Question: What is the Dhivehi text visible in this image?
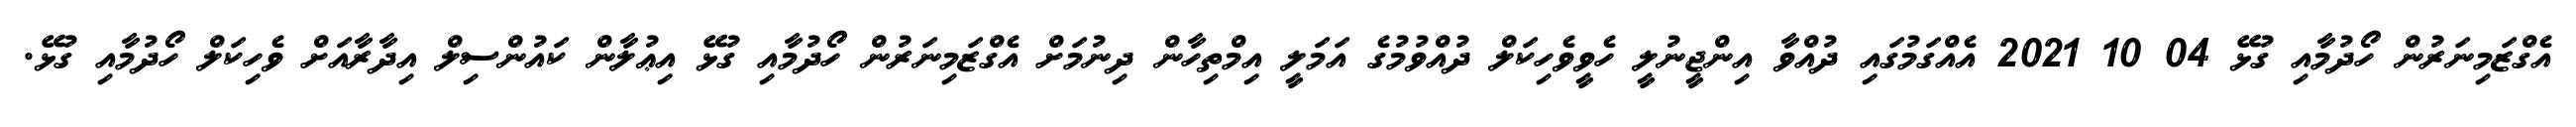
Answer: އެގްޒަމިނަރުން ހޯދުމާއި ގުޅޭ 04 10 2021 އެއްގަމުގައި ދުއްވާ އިންޖީނުލީ ހެވީވެހިކަލް ދުއްވުމުގެ އަމަލީ އިމްތިހާން ދިނުމަށް އެގްޒަމިނަރުން ހޯދުމާއި ގުޅޭ އިޢުލާން ކައުންސިލް އިދާރާއަށް ވެހިކަލް ހޯދުމާއި ގުޅޭ.